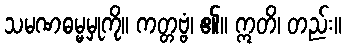
သမဏဓမ္မမှုကို။ ကတ္တဗ္ဗံ၊ ၏။ ဣတိ၊ တည်း။